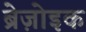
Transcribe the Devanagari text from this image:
ब्रेज़ोइक